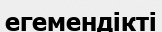
егемендікті